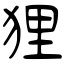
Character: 狸